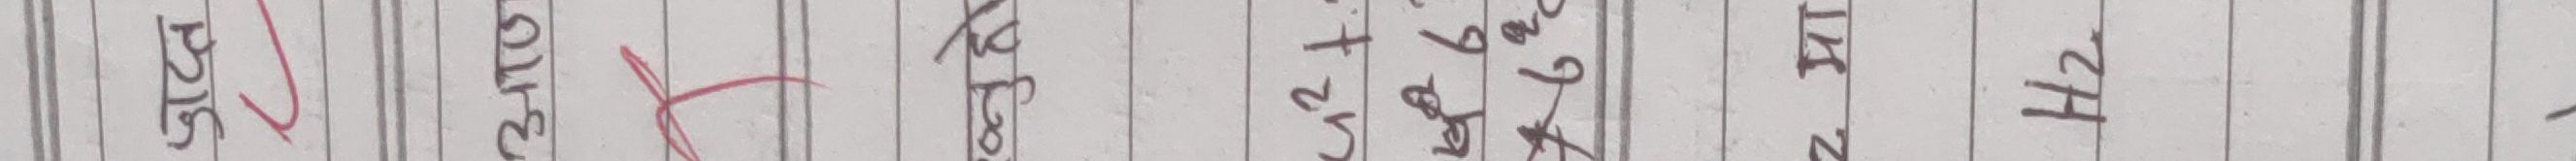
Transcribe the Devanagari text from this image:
हो।
३५।६४ २ kt
H2